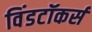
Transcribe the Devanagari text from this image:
विंडटॉकर्स